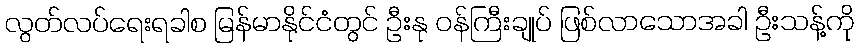
လွတ်လပ်ရေးရခါစ မြန်မာနိုင်ငံတွင် ဦးနု ဝန်ကြီးချုပ် ဖြစ်လာသောအခါ ဦးသန့်ကို